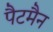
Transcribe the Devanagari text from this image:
पैटमैन